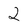
Character: 2